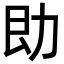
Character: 𪟙